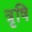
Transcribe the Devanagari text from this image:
त्रृषि